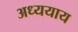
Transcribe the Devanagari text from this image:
अध्ययाय